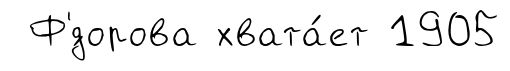
Ф'́дорова хвата́ет 1905